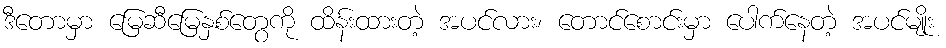
ဒီတောမှာ မြေဆီမြေနှစ်တွေကို ထိန်းထားတဲ့ အပင်လား၊ တောင်စောင်းမှာ ပေါက်နေတဲ့ အပင်မျိုး